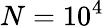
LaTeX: N=10^{4}